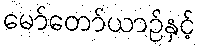
မော်တော်ယာဉ်နှင့်